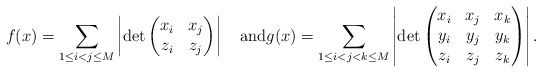
\begin{align*}f(x)=\sum_{1 \le i < j \le M} \left |\det\begin{pmatrix}x_i & x_j \\z_i & z_j \end{pmatrix}\right|\quad\hbox{and}g(x)=\sum_{1 \le i < j < k \le M} \left |\det\begin{pmatrix}x_i & x_j & x_k \\y_i & y_j & y_k \\z_i & z_j & z_k\end{pmatrix}\right|.\end{align*}